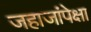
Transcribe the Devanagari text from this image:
जहाजांपेक्षा